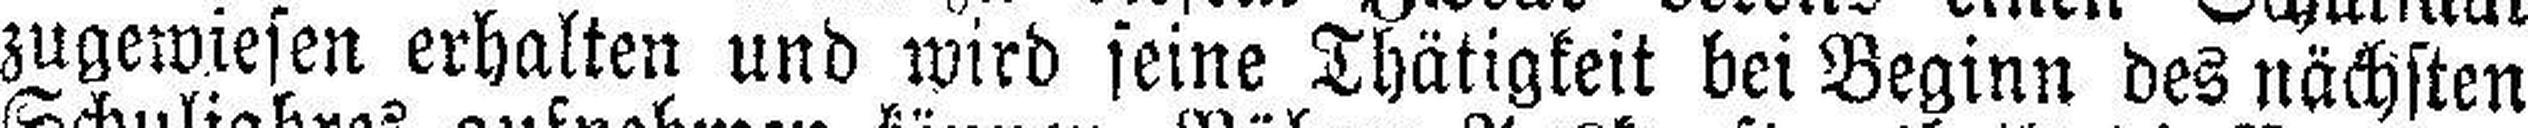
zugewiesen erhalten und wird seine Thätigkeit bei Beginn des nächsten